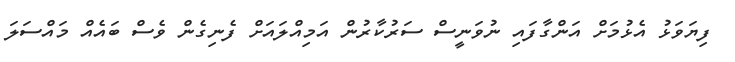
ފިޔަވަޅު އެޅުމަށް އަންގާފައި ނުވަނީސް ސަރުކާރުން އަމިއްލައަށް ފެނިގެން ވެސް ބައެއް މައްސަލަ